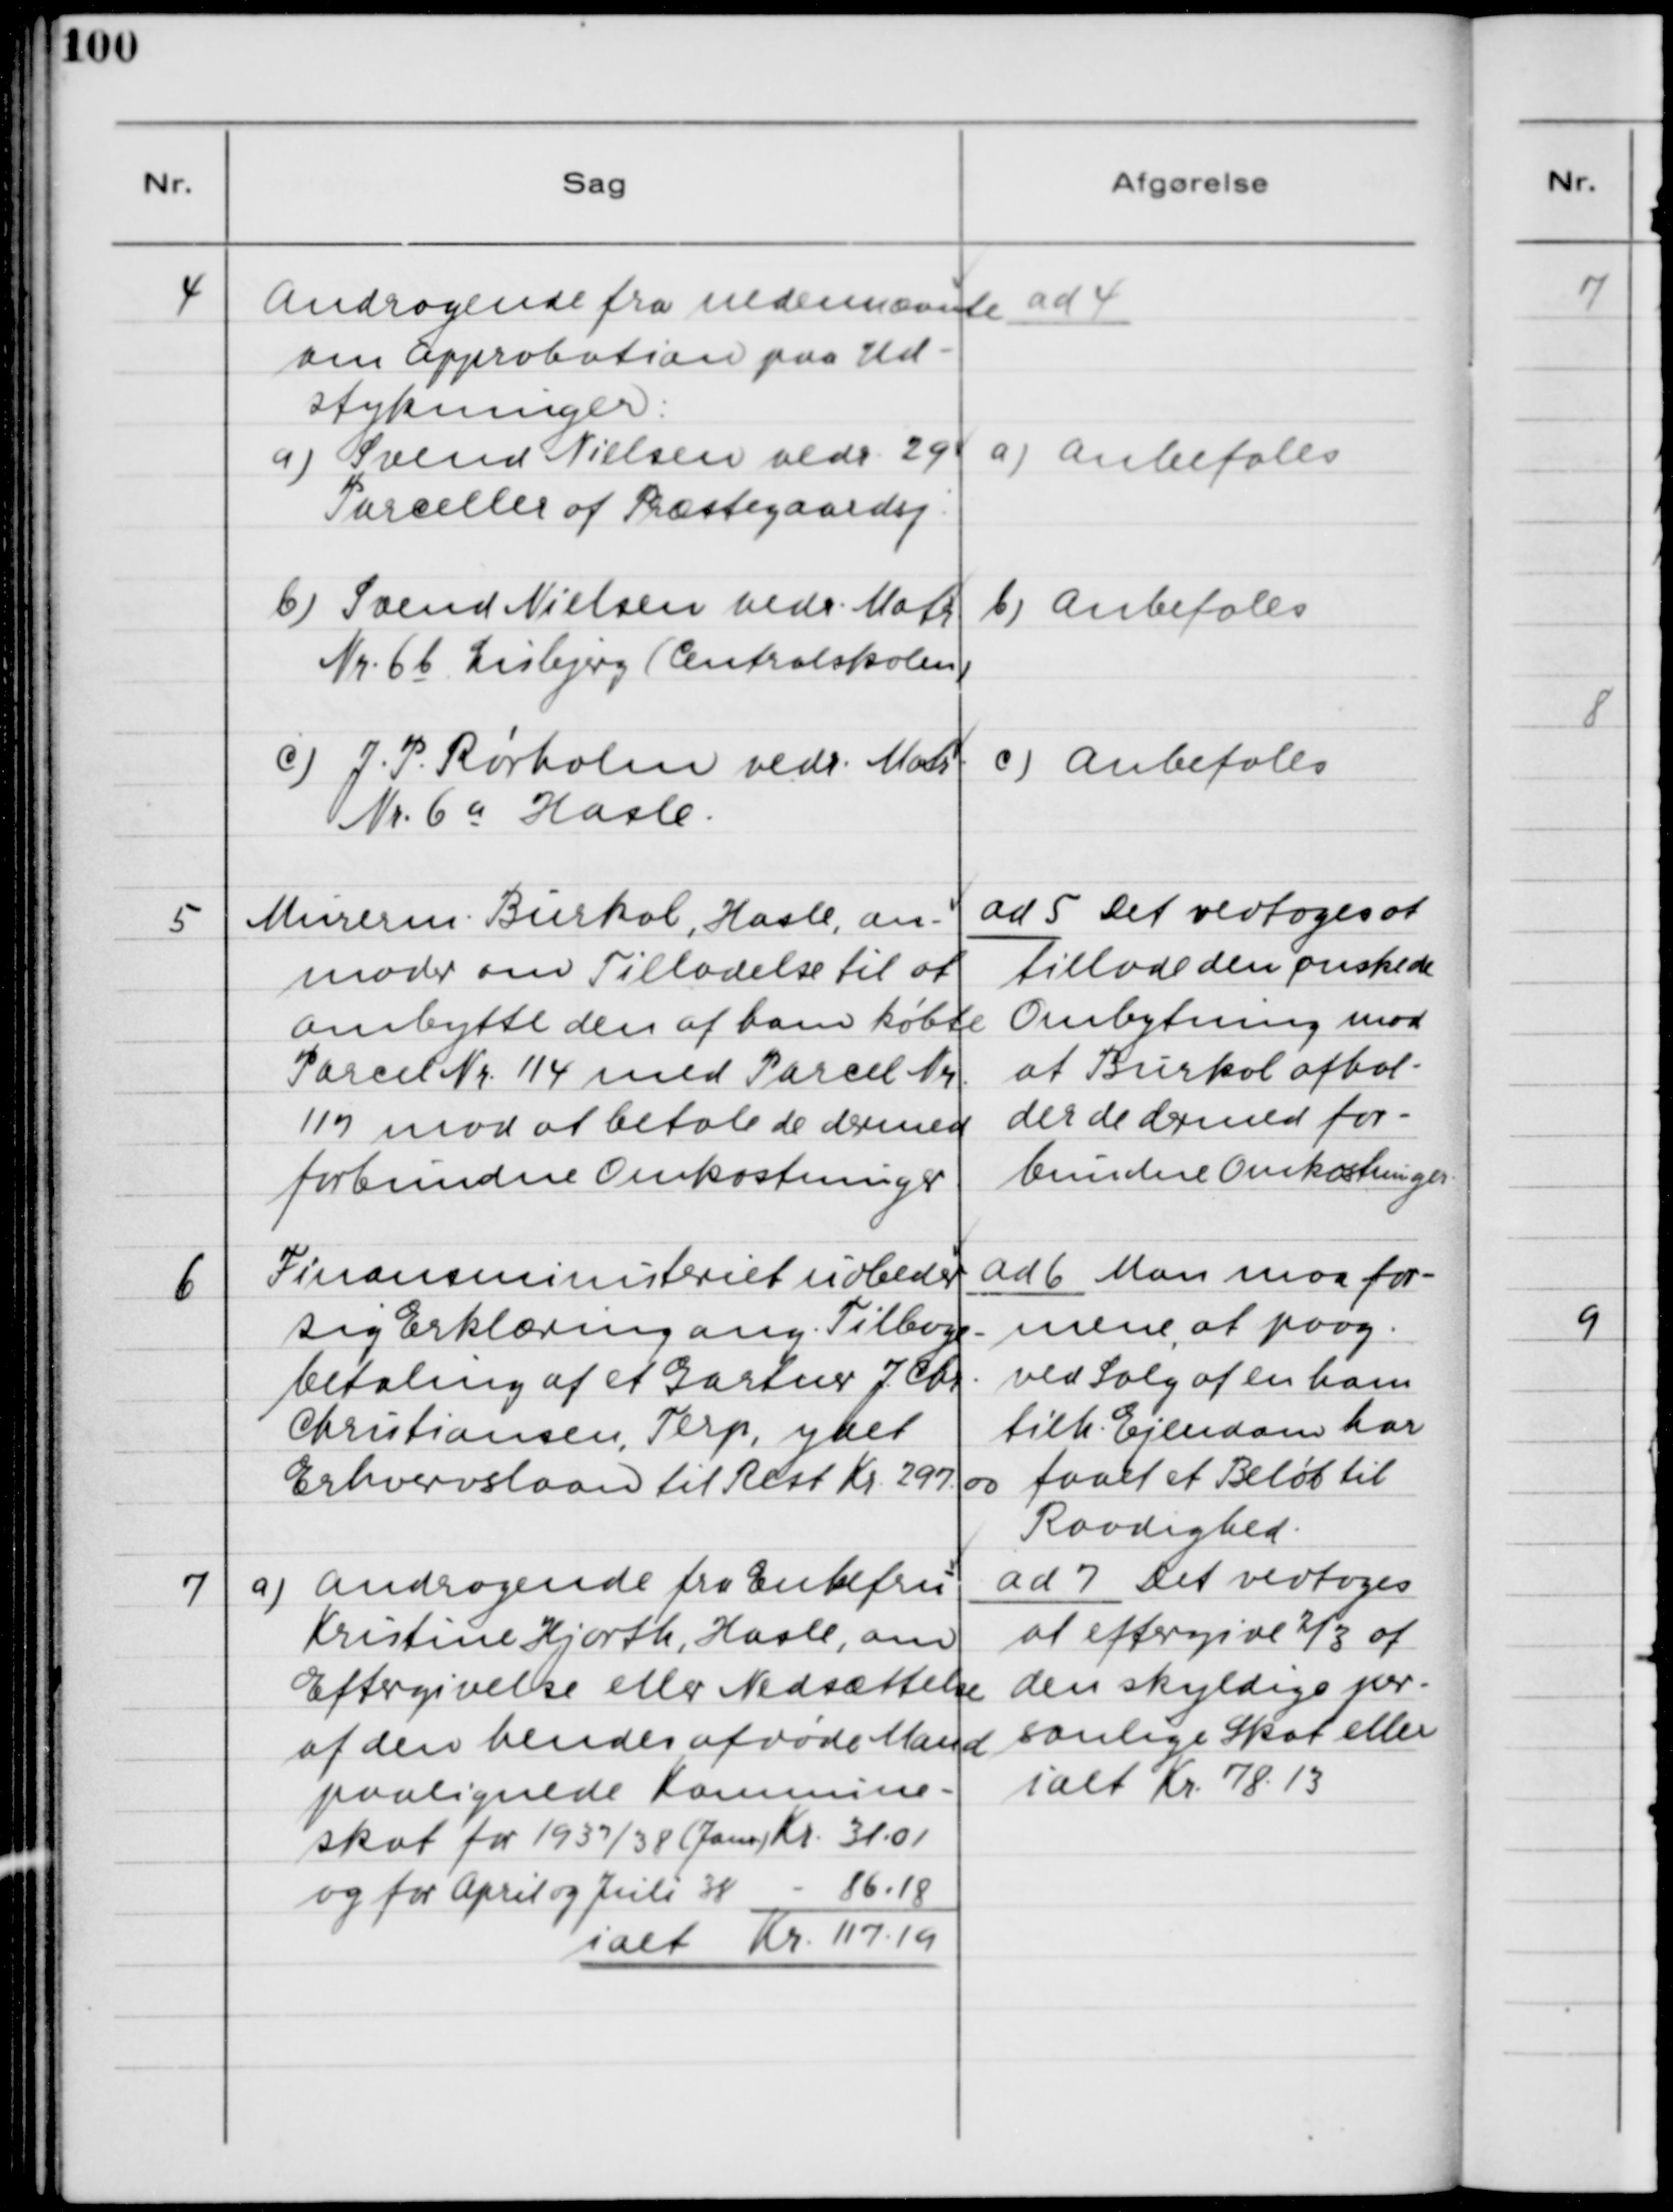
Transskription:
4. Andragende fra nedennævnte
om Approbation paa Ud-
stykninger:

ad 4.

a) Svend Nielsen vedr. 29
Parceller af Præstegaardsvej.
stykninger:

a) Anbefales

b) Svend Nielsen vedr. Matr. 
Nr. 6b Lisbjerg (Centralskolen)

b) Anbefales

c) J. P. Rørholm vedr. Matr. 
Nr. 6a Hasle.

c) Anbefales

5. Murerm. Burkol, Hasle, an-
moder om Tilladelse til at
ombytte den af ham købte
Parcel Nr. 14 med Parcel Nr.
117 mod at betale de dermed
forbundne Omkostninger.

ad 5. Det vedtoges at
tillade den ønskede
Ombytning mod
at Burkol afhol-
der de dermed for-
bundne Omkostninger.

6. Finansministeriet udbeder
sig Erklæring ang. Tilbage-
betaling af et Gartner J. Chr.
Christiansen, Terp, ydet
Erhvervslaan til Rest Kr. 297.00

ad 6. Man maa for-
mene, at paag. 
ved Salg af en ham
tilh. Ejendom har
faaet et Beløb til
Raadighed.

7
a) Andragende fra Enkefru
Kristine Hjorth, Hasle, om
Eftergivelse eller Nedsættelse
af den hendes afdøde Mand
paalignede Kommune-

ad 7. Det vedtoges
at eftergive 2/3 af
den skyldige per-
sonlige Skat eller
ialt Kr. 78.13